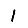
Digit: 1